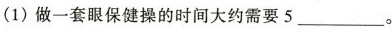
(1) 做一套眼保健操的时间大约需要 5 ___ 。